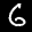
Label: 6